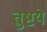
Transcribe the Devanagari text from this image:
तुष्टये